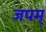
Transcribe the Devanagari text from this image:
जपम्